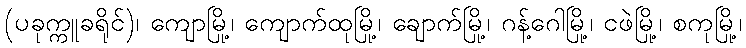
(ပခုက္ကူခရိုင်)၊ ကျောမြို့၊ ကျောက်ထုမြို့၊ ချောက်မြို့၊ ဂန့်ဂေါမြို့၊ ငဖဲမြို့၊ စကုမြို့၊